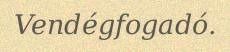
Vendégfogadó.